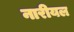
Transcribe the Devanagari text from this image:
नारीयल